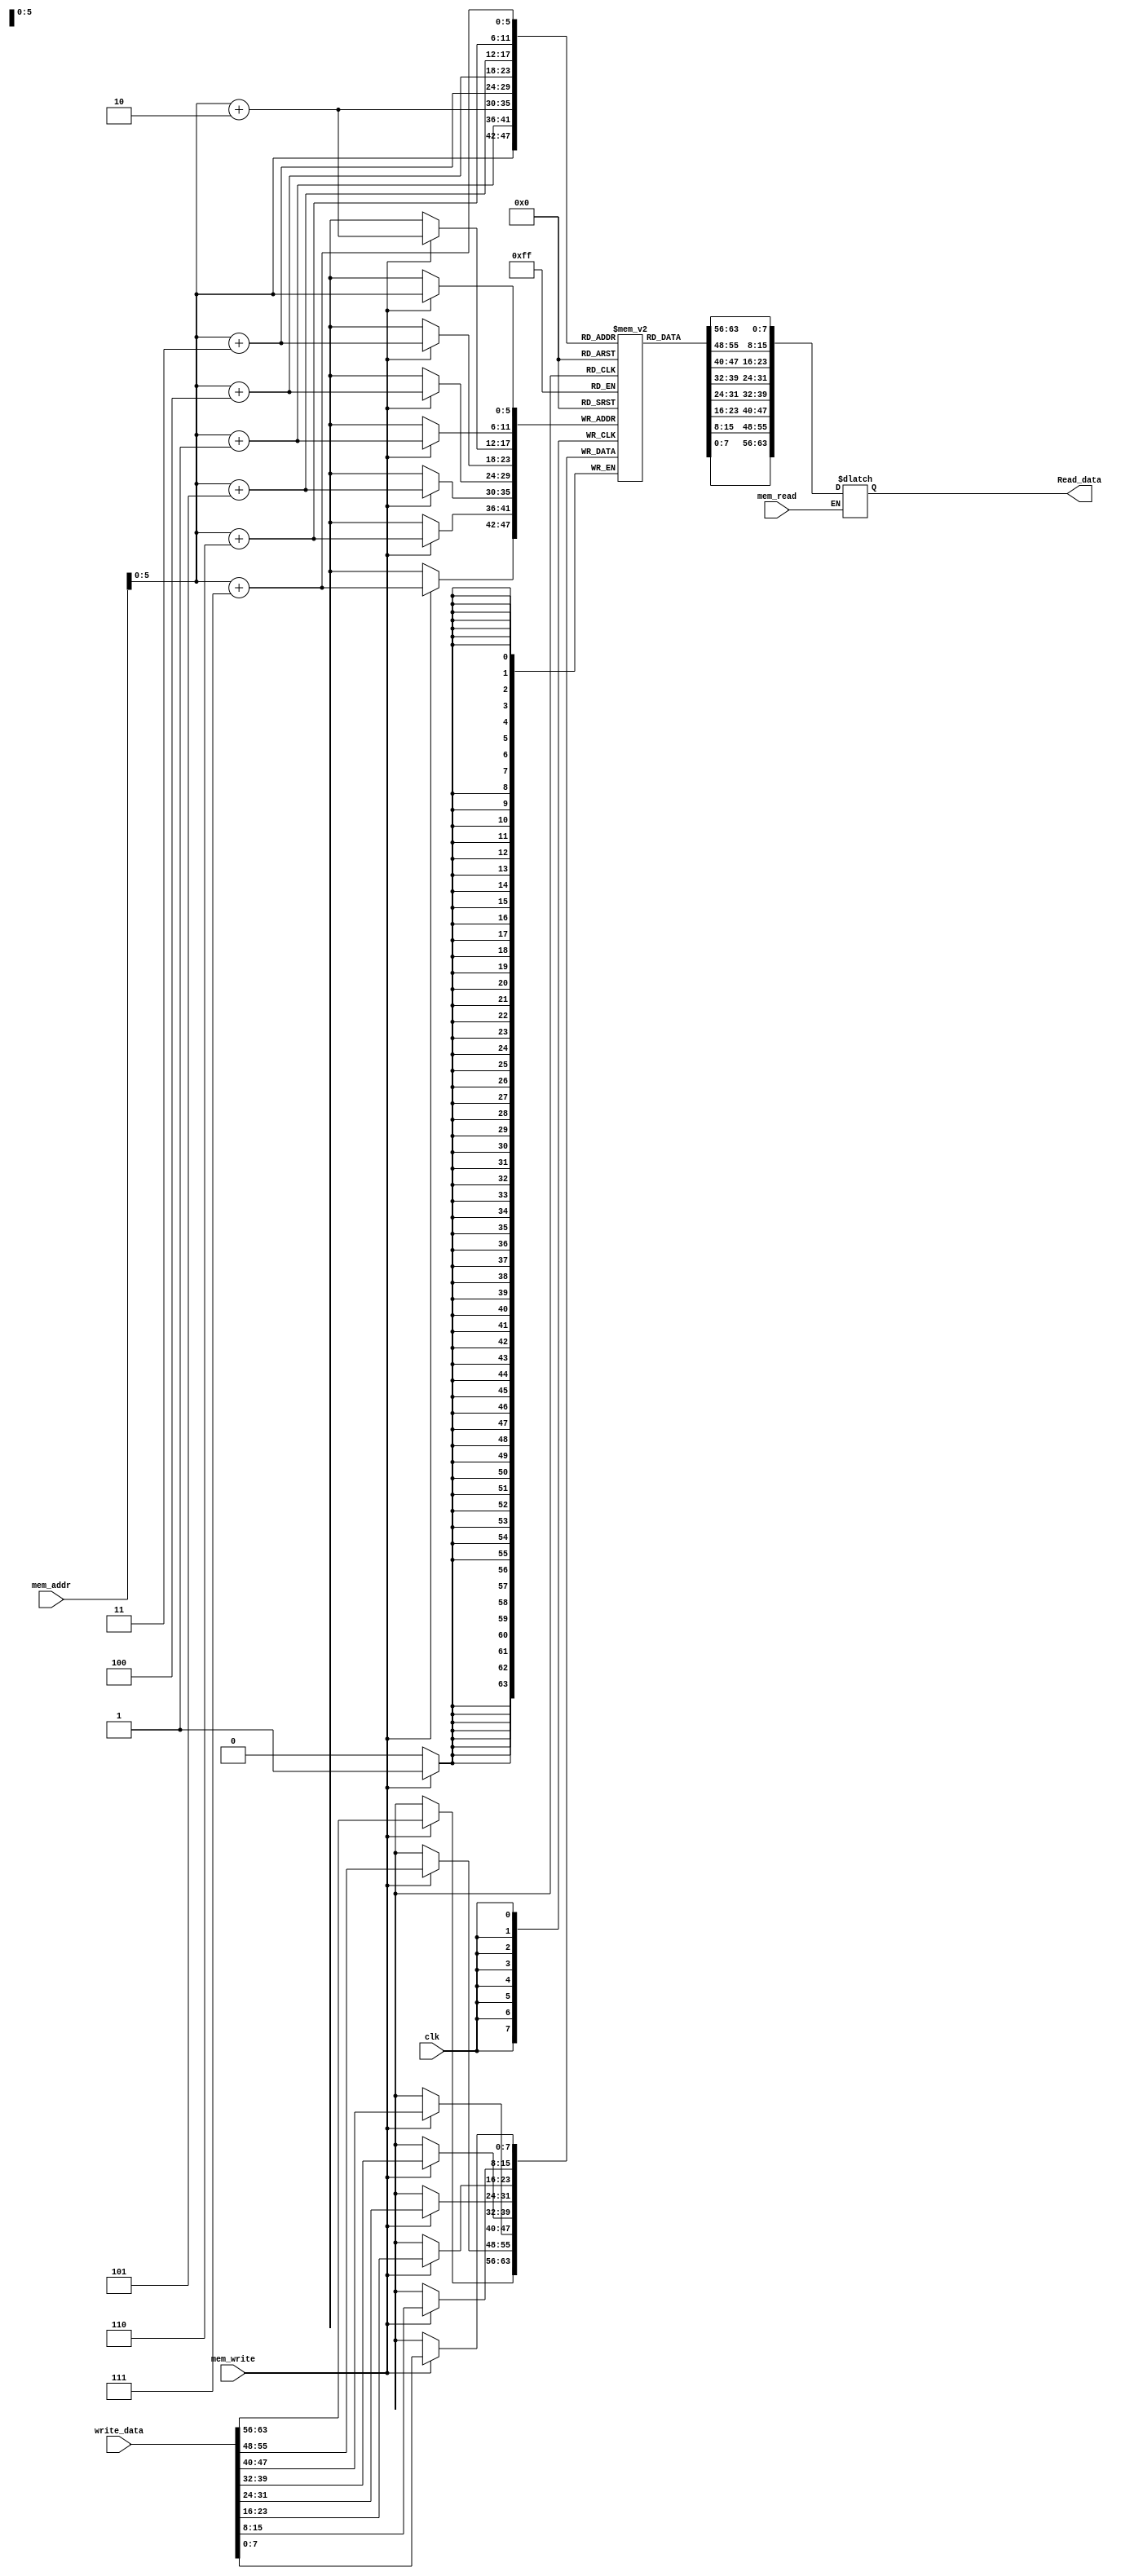
module Data_memory(
input [63:0]mem_addr,
input [63:0] write_data,
input clk,
input mem_write,
input mem_read,
output reg[63:0] Read_data
);

reg [7:0] Array [63:0];

initial 
begin
Array[0]=8'b00000100;
Array[1]=8'b00000000;
Array[2]=8'b00000000;
Array[3]=8'b00000000;
Array[4]=8'b00000000;
Array[5]=8'b00000000;
Array[6]=8'b00000000;
Array[7]=8'b00000000;

Array[8]=8'b00010000;
Array[9]=8'b00000000;
Array[10]=8'b00000000;
Array[11]=8'b00000000;
Array[12]=8'b00000000;
Array[13]=8'b00000000;
Array[14]=8'b00000000;
Array[15]=8'b00000000;

Array[16]=8'b00000011;
Array[17]=8'b00000000;
Array[18]=8'b00000000;
Array[19]=8'b00000000;
Array[20]=8'b00000000;
Array[21]=8'b00000000;
Array[22]=8'b00000000;
Array[23]=8'b00000000;

Array[24]=8'b00000010;
Array[25]=8'b00000000;
Array[26]=8'b00000000;
Array[27]=8'b00000000;
Array[28]=8'b00000000;
Array[29]=8'b00000000;
Array[30]=8'b00000000;
Array[31]=8'b00000000;

Array[32]=8'b00100000;
Array[33]=8'b00000000;
Array[34]=8'b00000000;
Array[35]=8'b00000000;
Array[36]=8'b00000000;
Array[37]=8'b00000000;
Array[38]=8'b00000000;
Array[39]=8'b00000000;



end

always @(*)
begin 
	if (mem_read)
	begin
		Read_data={Array[mem_addr+7],Array[mem_addr+6], Array[mem_addr+5],Array[mem_addr+4],Array[mem_addr+3],Array[mem_addr+2], Array[mem_addr+1],Array[mem_addr]};
	end
		
end

always @(posedge clk)
begin 
	if (mem_write)
	begin
		Array[mem_addr]=write_data[7:0];
		Array[mem_addr+1]=write_data[15:8];
		Array[mem_addr+2]=write_data[23:16];
		Array[mem_addr+3]=write_data[31:24];
		Array[mem_addr+4]=write_data[39:32];
		Array[mem_addr+5]=write_data[47:40];
		Array[mem_addr+6]=write_data[55:48];
		Array[mem_addr+7]=write_data[63:56];
	end
end

endmodule